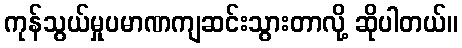
ကုန်သွယ်မှုပမာဏကျဆင်းသွားတာလို့ ဆိုပါတယ်။